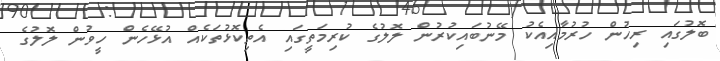
ބޮލުގައި ރިހުން ހުރުމާއިއެކު މޭނުބައިކުރުން ލޮލުގެ ކުރިމަތީގައި އެތިކޮޅުތަކެއް އުޅޭހެން ހީވުން ލޮލުގެ